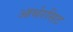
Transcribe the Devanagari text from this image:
आर्थरसिट